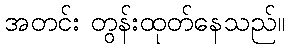
အတင်း တွန်းထုတ်နေသည်။